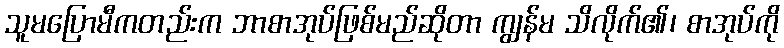
သူမပြောမီကတည်းက ဘာစာအုပ်ဖြစ်မည်ဆိုတာ ကျွန်မ သိလိုက်၏၊ စာအုပ်ကို